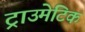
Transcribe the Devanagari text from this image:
ट्राउमेटिक